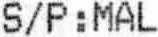
S/P : MAL